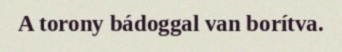
A torony bádoggal van borítva.